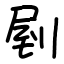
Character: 剭